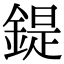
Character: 鍉